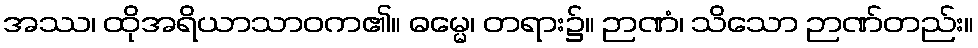
အဿ၊ ထိုအရိယာသာဝက၏။ ဓမ္မေ၊ တရား၌။ ဉာဏံ၊ သိသော ဉာဏ်တည်း။